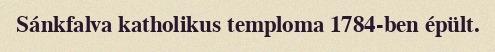
Sánkfalva katholikus temploma 1784-ben épült.